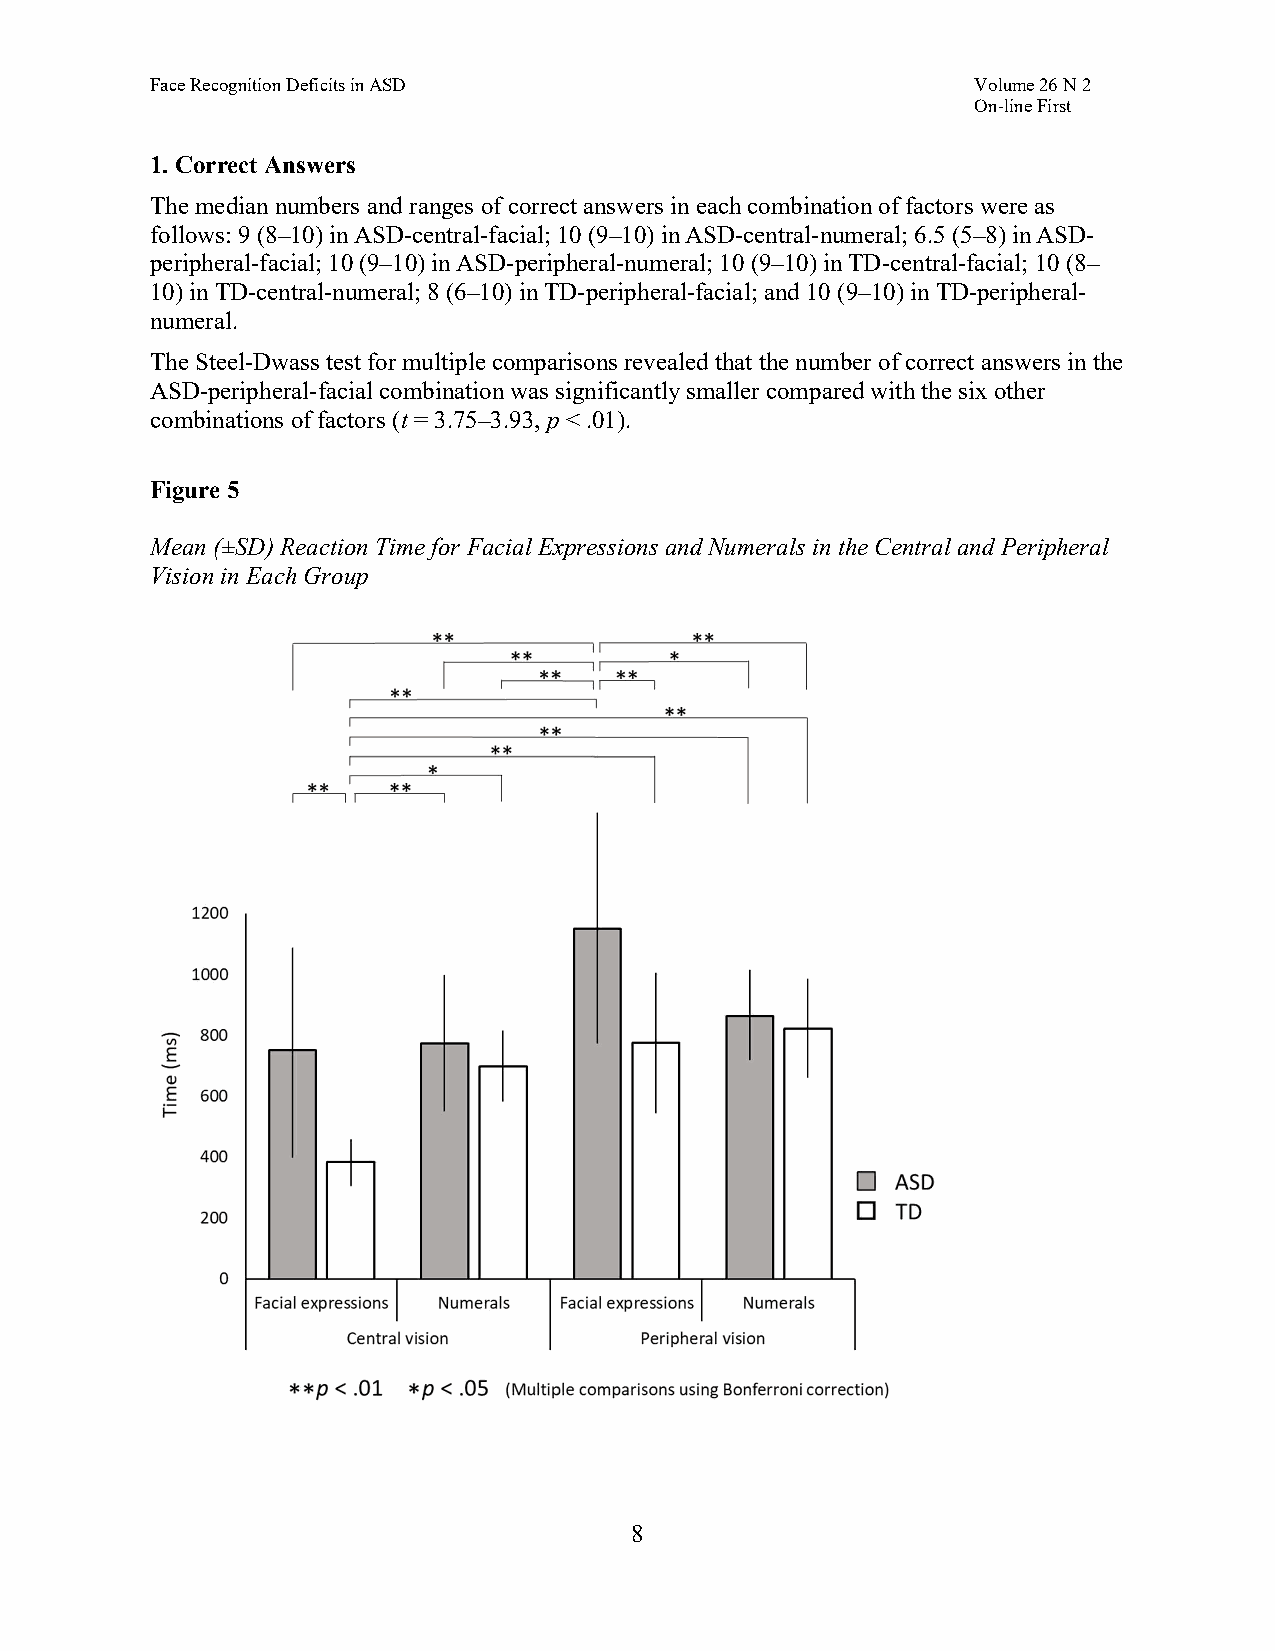
Face Recognition Deficits in ASD                       Volume 26 N 2
 On-line First
 1. Correct Answers
 The median numbers and ranges of correct answers in each combination of factors were as
 follows: 9 (8–10) in ASD-central-facial; 10 (9–10) in ASD-central-numeral; 6.5 (5–8) in ASD-
 peripheral-facial; 10 (9–10) in ASD-peripheral-numeral; 10 (9–10) in TD-central-facial; 10 (8–
 10) in TD-central-numeral; 8 (6–10) in TD-peripheral-facial; and 10 (9–10) in TD-peripheral-
 numeral.
 The Steel-Dwass test for multiple comparisons revealed that the number of correct answers in the
 ASD-peripheral-facial combination was significantly smaller compared with the six other
 combinations of factors (t = 3.75–3.93, p < .01).
 Figure 5
 Mean (±SD) Reaction Time for Facial Expressions and Numerals in the Central and Peripheral
 Vision in Each Group
 8